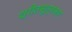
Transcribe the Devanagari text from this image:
श्रौतसूत्रकार